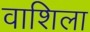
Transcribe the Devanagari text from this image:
वाशिला